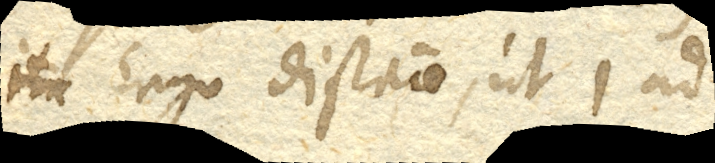
Ergo distantiae, ut 1 ad